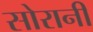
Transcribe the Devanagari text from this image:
सोरानी